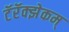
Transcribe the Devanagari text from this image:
टॅरॅक्झेकम्‌